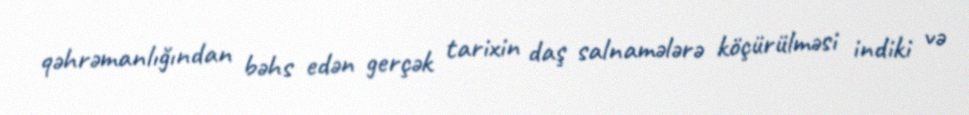
qəhrəmanlığından bəhs edən gerçək tarixin daş salnamələrə köçürülməsi indiki və